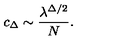
c _ { \Delta } \sim \frac { \lambda ^ { \Delta / 2 } } { N } .